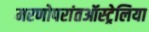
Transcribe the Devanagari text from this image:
मरणोपरांतऑस्ट्रेलिया